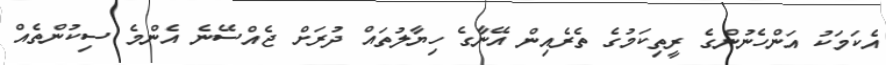
އެކަމަކު އަންހެނުންގެ ރީތިކަމުގެ ތެރެއިން އޭނާގެ ހިޔާލުތައް ދުރަށް ޖެއްސޭނެ އެންމެ ސިކުންތެއް